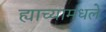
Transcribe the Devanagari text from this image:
ह्याच्यामधले